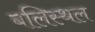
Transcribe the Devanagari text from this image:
बलिस्थल